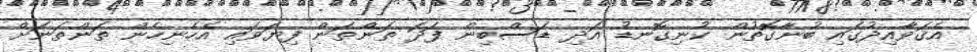
އެޤަވާއިދުގައި ބުނާގޮތުން ކުނިގޮނޑު އަދި ޑަސްބިން ފަދަ ތަންތަން ފިޔަވައި އެހެނިހެން ތަންތަނަށް